Investigations into the jail dietaries of the United Provinces with some observations on the influence of dietary on the physical development and well-being of the people of the United Provinces - Number 48
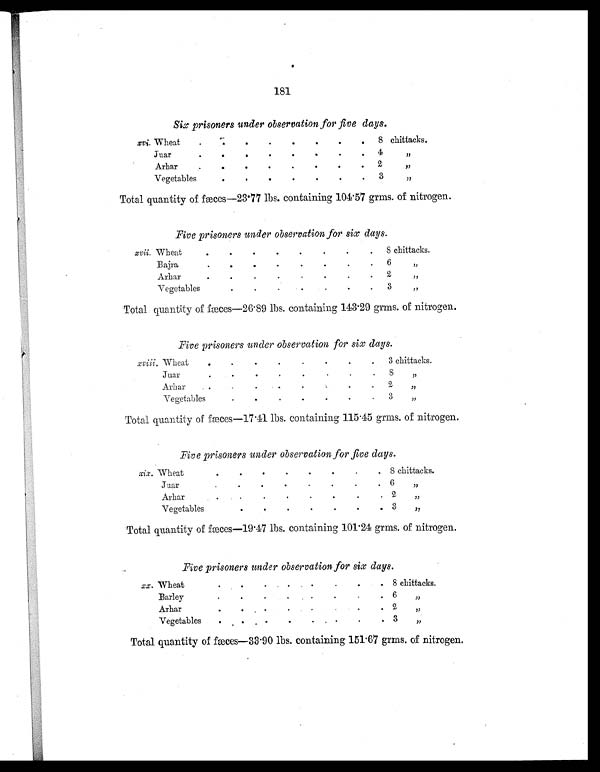
181
Six prisoners under observation for five days.
xvi. Wheat
. . . .
.
.
.
.
8 chittacks.
J
uar
.
.
. . . .
.
.
4 ,,
Arha r
.
. . .
.
.
.
.
2 ,,
Vegetables
.
.
.
.
.
.
.
.
3 ,,
Total quantity of fæc es—23.77 lbs. containing 104
.57 gr
ms. of nitrogen.
Five prisoners under observation for six days.
xvii. Wheat
.
.
.
.
.
. .
.
8 chittacks.
Bajra
.
.
.
.
.
.
.
.
6 ,,
Arha r
.
.
.
.
.
.
.
.
2 ,,
Vegetables
.
.
.
.
.
.
.
3 ,,
Total quantity of fæces—26.89 lbs. containing 143.29 grms. of nitrogen.
Five prisoners under observation for six days.
xviii.
Wheat
.
.
.
.
.
.
.
.
3 chittacks.
Juar
.
.
.
.
.
.
.
.
8
,,
Arhar
.
.
.
.
.
.
.
.
2 ,,
Vegetables
.
.
.
.
.
.
.
3 ,,
Total quantity of fæces—17.41 lbs. containing 115.45 grms. of nitrogen.
Five prisoners under observation for five days.
xi x. Wheat
.
.
.
.
.
.
.
.
8 chittacks.
Jua
r
.
.
.
. .
.
.
.
6 ,,
Arha r
.
.
.
.
.
.
.
.
2 ,,
Vegetables
.
.
.
.
.
.
.
3 ,,
Total quantity of fæces—19.47 lbs. containing 101.24 grms. of nitrogen.
Five prisoners under observation for six days.
xx. Wheat
.
.
.
.
.
.
.
.
8 chittacks.
Barley
.
.
.
.
.
.
.
.
6 ,,
Arhar
.
.
.
.
.
2 ,,
Vegetables
.
.
.
.
.
.
.
.
3 ,,
Total quantity offæces—33.90 lbs. containing 151.67 grms. of nitrogen.